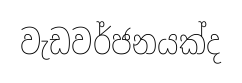
වැඩවර්ජනයක්ද